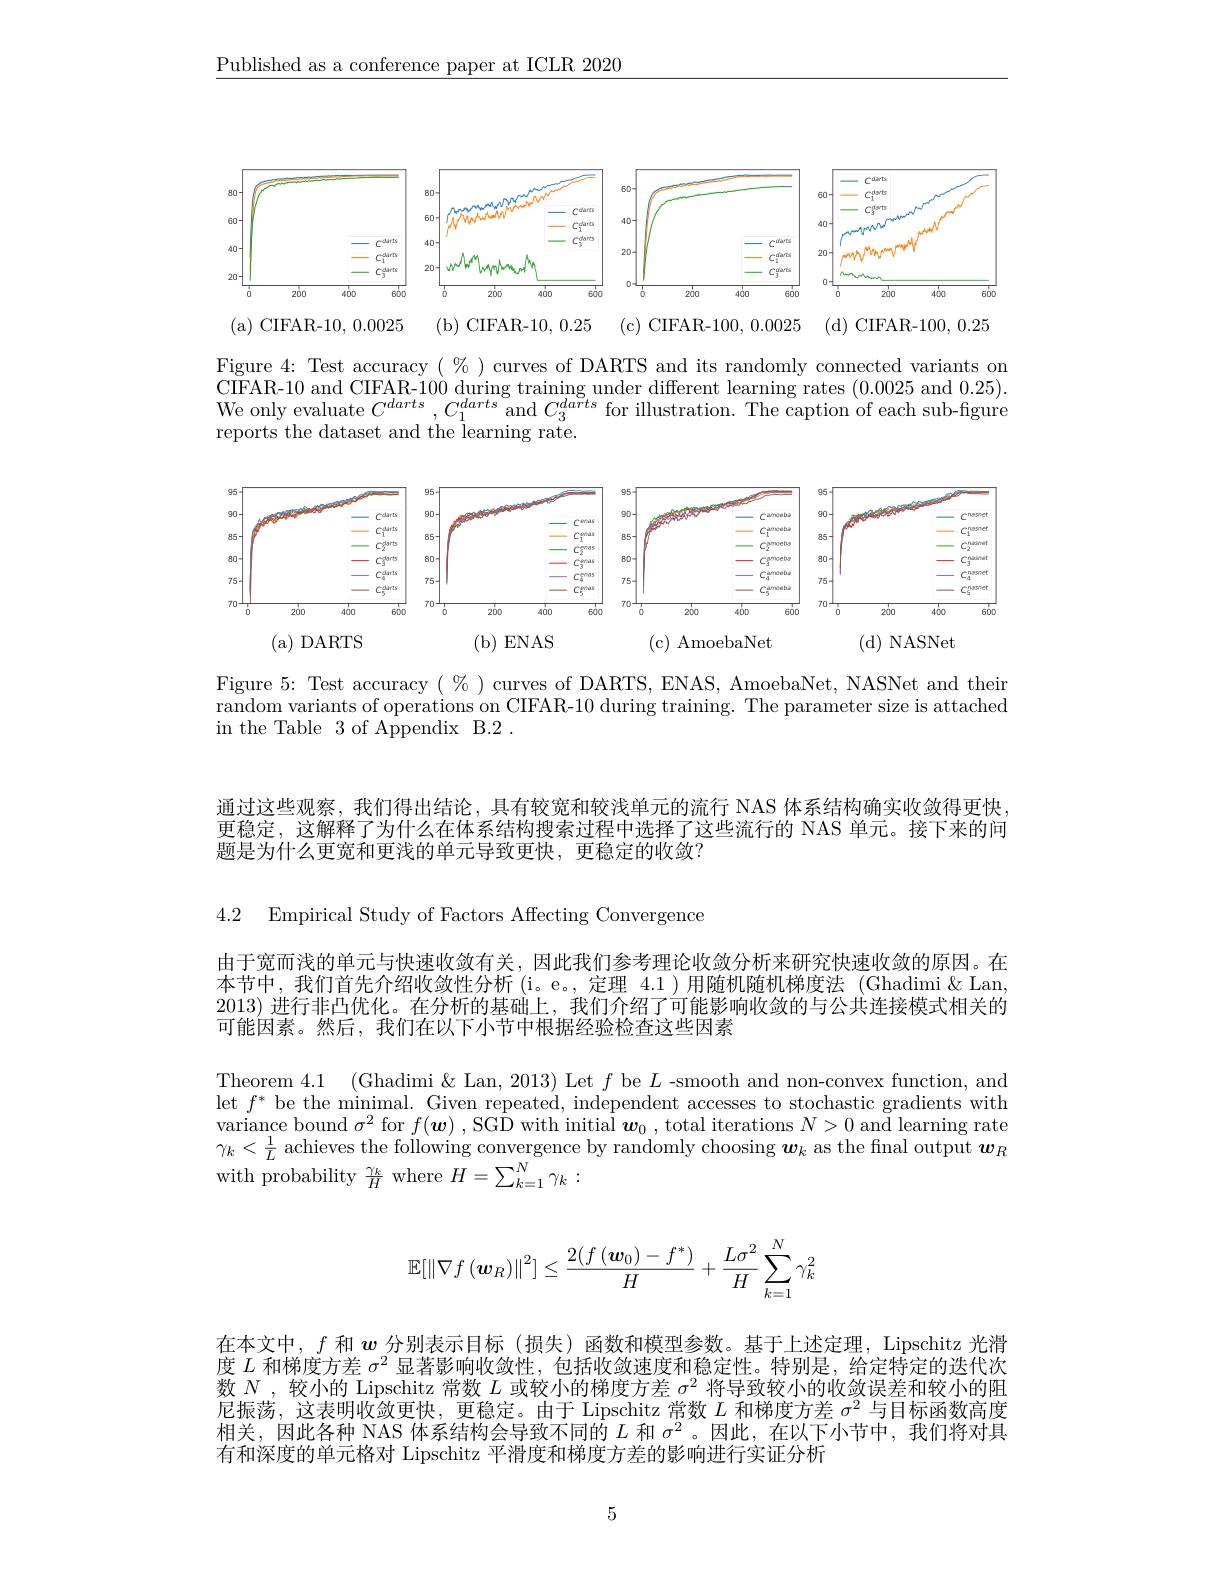
$\underline{\text{Published as a conference paper at ICLR 2020}}$

<FigureHere>

( b) CIFAR- 10, 0. 25 ( c) CIFAR- 100, 0. 0025 ( d) CIFAR- 100, 0. 25

( a) CIFAR- 10, 0. 0025

Figure 4: Test accuracy $(\%)$ curves of DARTS and its randomly connected variants on CIFAR-10 and CIFAR-100 during training under different learning rates (0.0025 and 0.25). We only evaluate $C^{darts},C_{1}^{darts}$ and $C_{3}^{darts}$ for illustration. The caption of each sub-fgure reports the dataset and the learning rate.

<FigureHere>

Figure 5: Test accuracy $(\%)$ curves of DARTS, ENAS, AmoebaNet, NASNet and their random variants of operations on CIFAR-10 during training. The parameter size is attached in the Table 3 of Appendix B.2 .

通过这些观察，我们得出结论，具有较宽和较浅单元的流行 NAS 体系结构确实收敛得更快更稳定，这解释了为什么在体系结构搜索过程中选择了这些流行的 NAS 单元。接下来的间题是为什么更宽和更浅的单元导致更快，更稳定的收敛？

4.2 Empirical Study of Factors Affecting Convergence

由于宽而浅的单元与快速收敛有关，因此我们参考理论收敛分析来研究快速收敛的原因。在本节中，我们首先介绍收敛性分析 (i。e。,定理 4.1)用随机随机梯度法 (Ghadimi&Lan 2013) 进行非凸优化。在分析的基础上，我们介绍了可能影响收敛的与公共连接模式相关的可能因素。然后，我们在以下小节中根据经验检查这些因素

Theorem 4.1 (Ghadimi & Lan, 2013) Let $f$ be $L$ -smooth and non-convex function, and let $f^*$ be the minimal. Given repeated, independent accesses to stochastic gradients with variance bound $\sigma^2$ for $f( \boldsymbol{w}) $,SGD with initial $\boldsymbol{w}_0$, total iterations $N>0$ and learning rate $\gamma_k<\frac1L$ achieves the following convergence by randomly choosing $\boldsymbol w_k$ as the final output $\boldsymbol w_R$ ${\mathrm{with~probability~}\frac{\gamma_{k}}{H}}{\mathrm{~where~}}H=\sum_{k=1}^{N}\gamma_{k}:$
$$\mathbb{E}[\left\|\nabla f\left(\boldsymbol{w}_R\right)\right\|^2]\leq\frac{2(f\left(\boldsymbol{w}_0\right)-f^*)}{H}+\frac{L\sigma^2}{H}\sum_{k=1}^N\gamma_k^2$$
在本文中，$f$和$\boldsymbol{w}$分别表示目标(损失)函数和模型参数。基于上述定理，Lipschitz 光滑度$L$和梯度方差$\sigma^2$显著影响收敛性，包括收敛速度和稳定性。特别是，给定特定的迭代次数$N$ ,较小的 Lipschitz 常数$L$或较小的梯度方差$\sigma^2$将导致较小的收敛误差和较小的阻尼振荡，这表明收敛更快，更稳定。由于 Lipschitz 常数$L$和梯度方差$\sigma^2$与目标函数高度相关，因此各种 NAS 体系结构会导致不同的$L$和$\sigma^2$。因此，在以下小节中，我们将对具有和深度的单元格对 Lipschitz 平滑度和梯度方差的影响进行实证分析

5